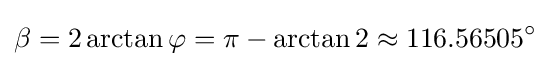
\beta =2\arctan \varphi =\pi -\arctan 2\approx 116.56505^{\circ }